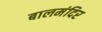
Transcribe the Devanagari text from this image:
बालमंदिर